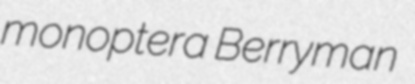
monoptera Berryman